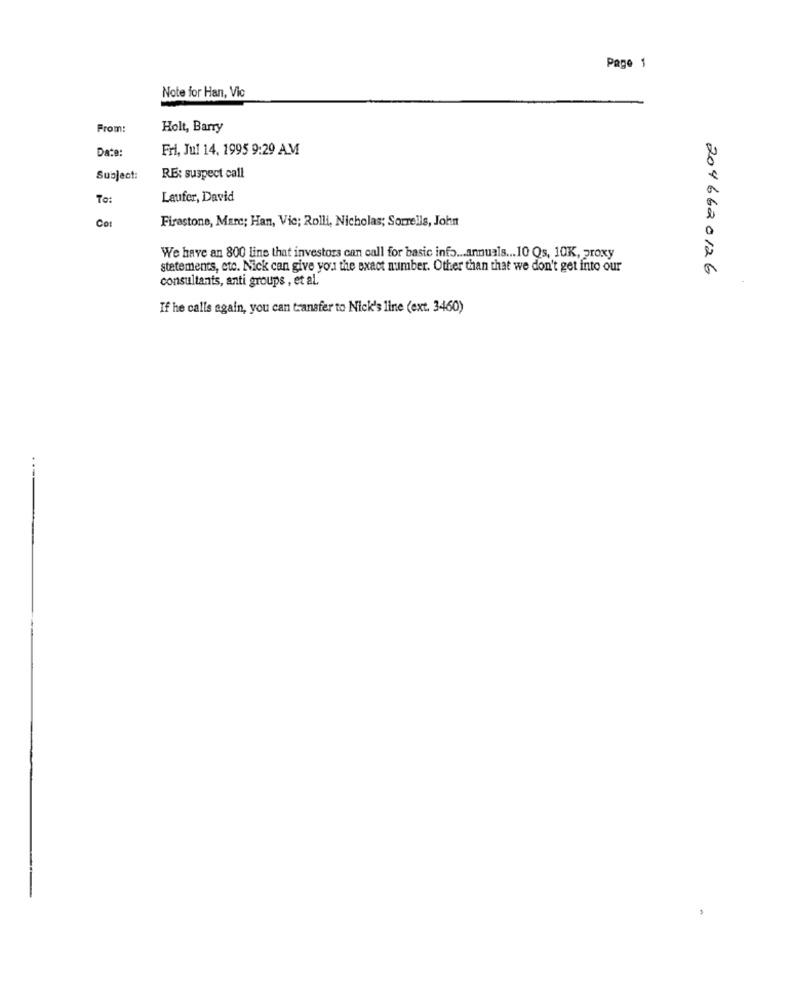
Page 1
Note for Han, Vic
From:
Holt, Barry
Fri, Jul 14. 1995 9:29 AM
Date:
Subject:
RE: suspect call
To:
Laufer, David
Co:
Firestone, Marc; Han, Vic; Rolli, Nicholas; Sorrells, John
We have an 800 line that investors can call for basic info ... annuals ... 10 Qs, 10K, proxy
statements, etc. Nick can give you the exact number. Other than that we don't get into our
2046620126
consultants, anti groups , et al.
If he calls again, you can transfer to Nick's line (ext. 3460)